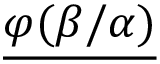
{ \underline { { \varphi ( \beta / \alpha ) } } } \,